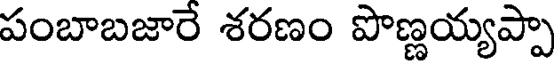
పంబాబజారే శరణం పొణ్ణయ్యప్పా